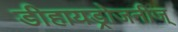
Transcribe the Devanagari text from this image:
डीहायड्रोजनीज्